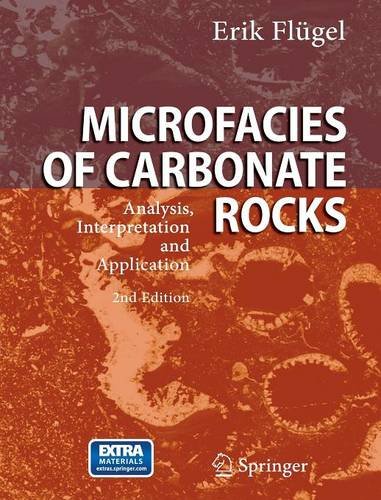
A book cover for Microfacies of Carbonate Rocks: Analysis, Interpretation and Application; Erik FlÃ¼gel; Science & Math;